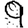
Digit: 9